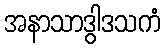
အနာသာဒွါဒသကံ